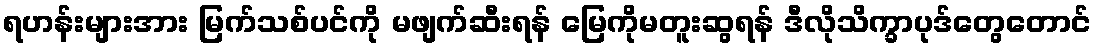
ရဟန်းများအား မြက်သစ်ပင်ကို မဖျက်ဆီးရန် မြေကိုမတူးဆွရန် ဒီလိုသိက္ခာပုဒ်တွေတောင်